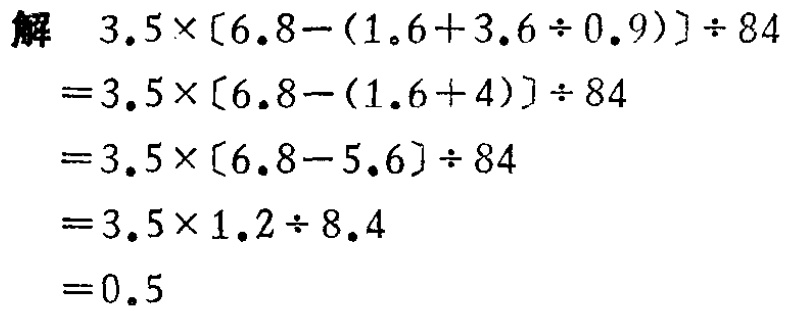
解 \(3.5\times[6.8-(1.6 + 3.6\div0.9)]\div84\)

\(=3.5\times[6.8-(1.6 + 4)]\div84\)

\(=3.5\times[6.8 - 5.6]\div84\)

\(=3.5\times1.2\div8.4\)

\(=0.5\)